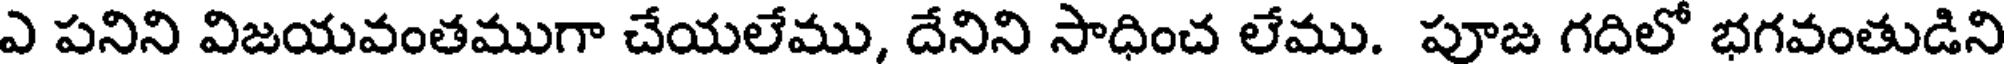
ఎ పనిని విజయవంతముగా చేయలేము, దేనిని సాధించ లేము. పూజ గదిలో భగవంతుడిని